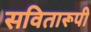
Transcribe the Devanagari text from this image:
सवितारूपी